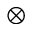
\otimes